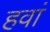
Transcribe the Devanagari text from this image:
हवां